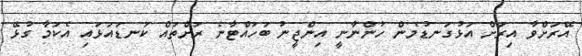
އޭރަށްވާ އިރަށް އަޅުގަނޑުމެން ހުންނާނީ އިންޖީނު ބަހައްޓާނެ ރަށްތައް ކަނޑައަޅައި އެކަމާ ގުޅޭ